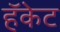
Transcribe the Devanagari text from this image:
हॅकेट